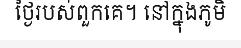
ថ្ងៃរបស់ពួកគេ។ នៅក្នុងភូមិ